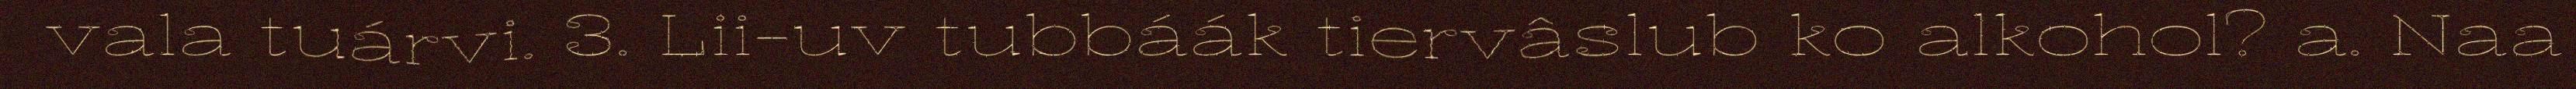
vala tuárvi. 3. Lii-uv tubbáák tiervâslub ko alkohol? a. Naa